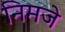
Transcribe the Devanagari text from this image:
निमजे